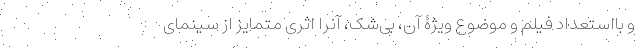
و با‌استعداد فیلم و موضوع ویژۀ آن، بی‌شک، آنرا اثری متمایز از سینمای